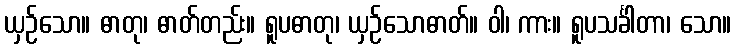
ယှဉ်သော။ ဓာတု၊ ဓာတ်တည်း။ ရူပဓာတု၊ ယှဉ်သောဓာတ်။ ဝါ၊ ကား။ ရူပသင်္ခါတာ၊ သော။